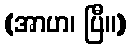
(အာဟ၊ ပြီ။)